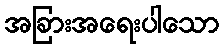
အခြားအရေးပါသော